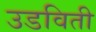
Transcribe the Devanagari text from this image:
उडविती